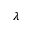
\lambda